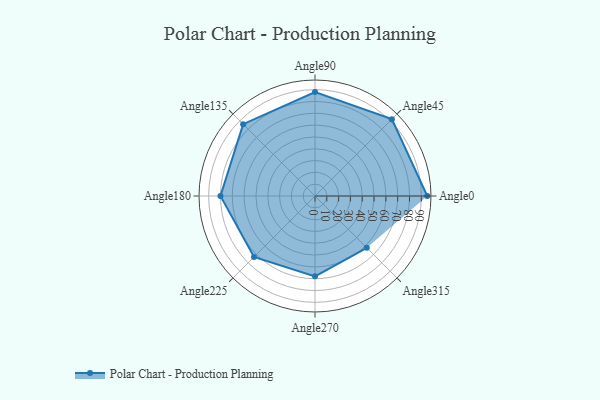
{"axis": {"x": "Angle", "y": "Radius"}, "legend": [""], "data": [{"x": "Angle0", "y": 95.0, "type": ""}, {"x": "Angle45", "y": 92.0, "type": ""}, {"x": "Angle90", "y": 88.0, "type": ""}, {"x": "Angle135", "y": 86.0, "type": ""}, {"x": "Angle180", "y": 80.0, "type": ""}, {"x": "Angle225", "y": 73.0, "type": ""}, {"x": "Angle270", "y": 68.0, "type": ""}, {"x": "Angle315", "y": 62.0, "type": ""}]}